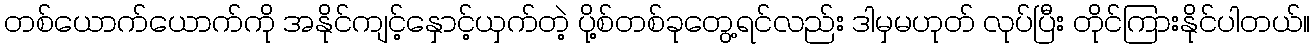
တစ်ယောက်ယောက်ကို အနိုင်ကျင့်နှောင့်ယှက်တဲ့ ပို့စ်တစ်ခုတွေ့ရင်လည်း ဒါမှမဟုတ် လုပ်ပြီး တိုင်ကြားနိုင်ပါတယ်။